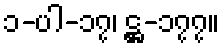
၁-ပါ-၁၇၊ ဋ္ဌ-၁၇၇။